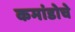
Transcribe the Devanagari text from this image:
कमांडोचे